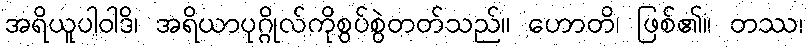
အရိယူပါဝါဒိ၊ အရိယာပုဂ္ဂိုလ်ကိုစွပ်စွဲတတ်သည်။ ဟောတိ၊ ဖြစ်၏။ တဿ၊